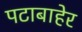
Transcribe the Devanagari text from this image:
पटाबाहेर